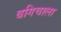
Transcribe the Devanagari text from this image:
बगिचाला